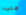
علينا